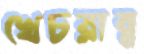
খেচরান্ন